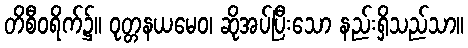
တိစီဝရိက်၌။ ဝုတ္တနယမေဝ၊ ဆိုအပ်ပြီးသော နည်းရှိသည်သာ။